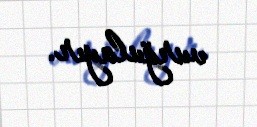
vurğulayır.